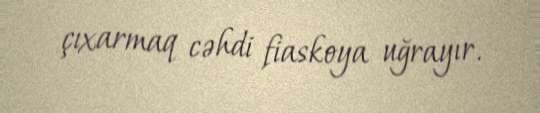
çıxarmaq cəhdi fiaskoya uğrayır.